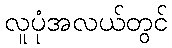
လူပုံအလယ်တွင်